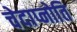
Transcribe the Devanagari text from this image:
चेदाप्नोति